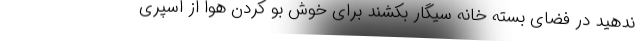
ندهید در فضای بسته خانه سیگار بکشند برای خوش بو کردن هوا از اسپری